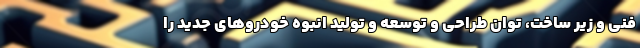
فنی و زیر ساخت، توان طراحی و توسعه و تولید انبوه خودروهای جدید را